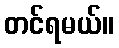
တင်ရမယ်။